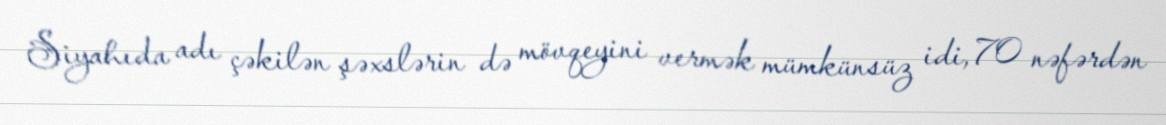
Siyahıda adı çəkilən şəxslərin də mövqeyini vermək mümkünsüz idi, 70 nəfərdən